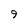
Character: 9